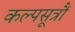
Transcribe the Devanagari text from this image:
कल्पसूत्रौं